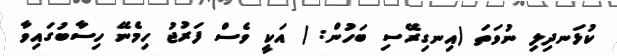
ކުޅަނދިލި ނުވަތަ (އިނގިރޭސި ބަހުން: ) އަކީ ވެސް ފަރުޖު ހިމެނޭ ހިސާބުގައިވާ